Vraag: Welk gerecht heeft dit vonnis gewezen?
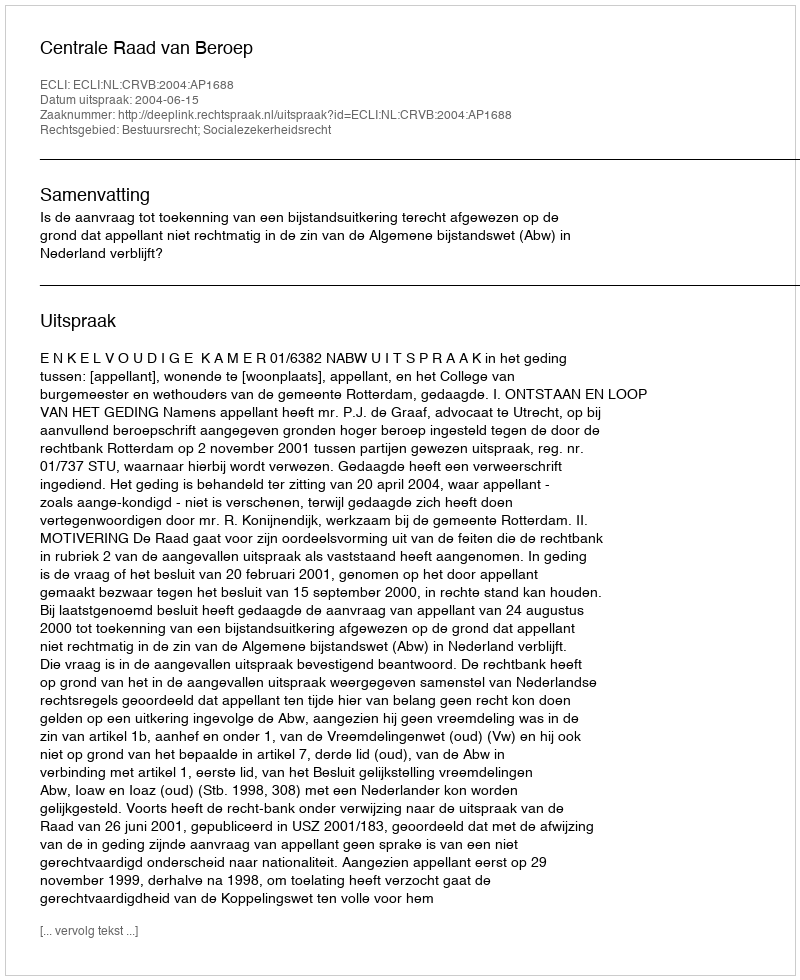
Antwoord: Centrale Raad van Beroep